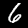
Label: 6